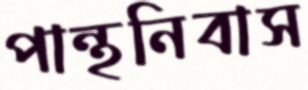
পান্থনিবাস